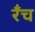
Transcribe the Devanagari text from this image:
रँच